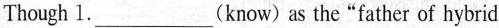
Though 1.___(know)as the"father of hybrid